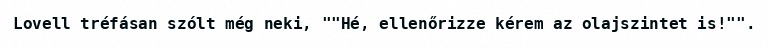
Lovell tréfásan szólt még neki, ""Hé, ellenőrizze kérem az olajszintet is!"".